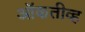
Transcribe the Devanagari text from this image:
ऑकतीव्ह